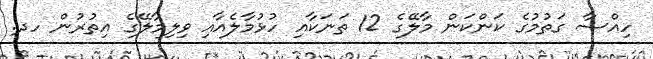
ހިއްސާ ގަތުމުގެ ކަންކަން މާލޭގެ 12 ތަނަކާއި ހުޅުމާލެއާއި ވިލިމާލޭގެ އިތުރުން ހދ.